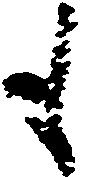
も